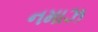
નમાઝ